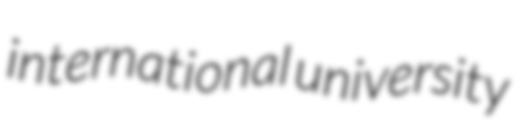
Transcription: international university